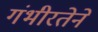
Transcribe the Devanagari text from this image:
गंभीरतेने